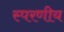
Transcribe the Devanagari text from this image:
स्परणीय